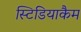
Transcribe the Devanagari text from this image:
स्टिडियाकैम